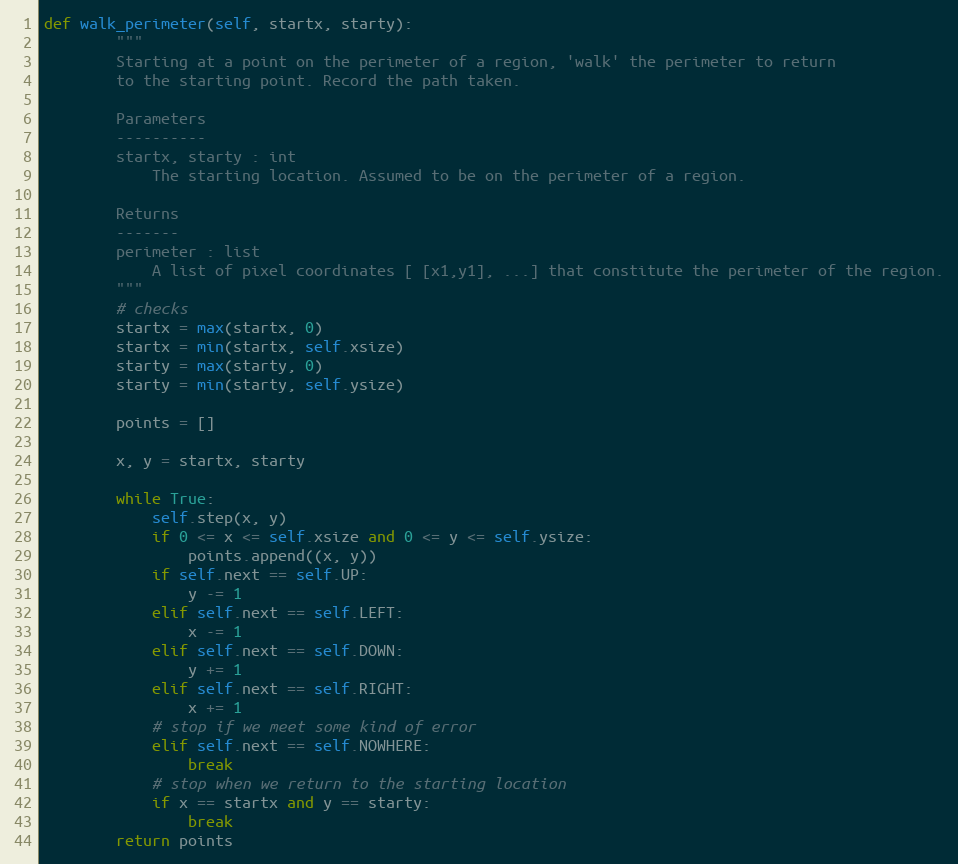
Language: Python
def walk_perimeter(self, startx, starty):
        """
        Starting at a point on the perimeter of a region, 'walk' the perimeter to return
        to the starting point. Record the path taken.

        Parameters
        ----------
        startx, starty : int
            The starting location. Assumed to be on the perimeter of a region.

        Returns
        -------
        perimeter : list
            A list of pixel coordinates [ [x1,y1], ...] that constitute the perimeter of the region.
        """
        # checks
        startx = max(startx, 0)
        startx = min(startx, self.xsize)
        starty = max(starty, 0)
        starty = min(starty, self.ysize)

        points = []

        x, y = startx, starty

        while True:
            self.step(x, y)
            if 0 <= x <= self.xsize and 0 <= y <= self.ysize:
                points.append((x, y))
            if self.next == self.UP:
                y -= 1
            elif self.next == self.LEFT:
                x -= 1
            elif self.next == self.DOWN:
                y += 1
            elif self.next == self.RIGHT:
                x += 1
            # stop if we meet some kind of error
            elif self.next == self.NOWHERE:
                break
            # stop when we return to the starting location
            if x == startx and y == starty:
                break
        return points